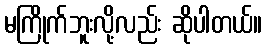
မကြိုက်ဘူးလို့လည်း ဆိုပါတယ်။